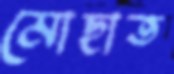
মোছাত